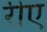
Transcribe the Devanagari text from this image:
रीए